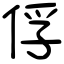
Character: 俘